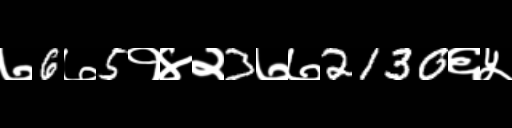
Text: ७6७5१४२3७७2130६५